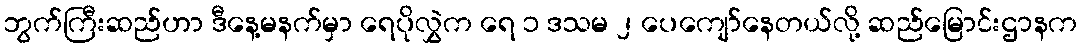
ဘွက်ကြီးဆည်ဟာ ဒီနေ့မနက်မှာ ရေပိုလွှဲက ရေ ၁ ဒသမ ၂ ပေကျော်နေတယ်လို့ ဆည်မြောင်းဌာနက